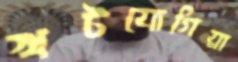
খটযোগিয়া